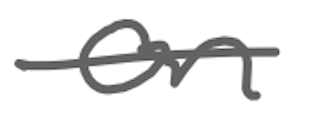
Text: on
Cross-out: single-line
Writing tool: digital_gray